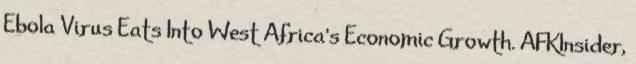
Ebola Virus Eats Into West Africa's Economic Growth. AFKInsider,